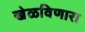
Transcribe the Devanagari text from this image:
खेळविणारा